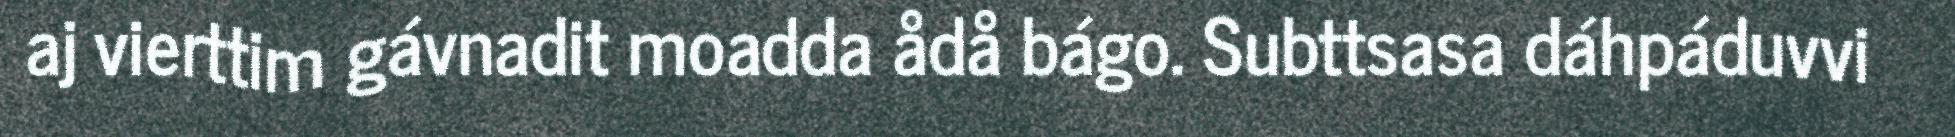
aj vierttim gávnadit moadda ådå bágo. Subttsasa dáhpáduvvi